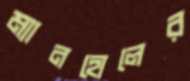
ম্যানহোলের